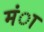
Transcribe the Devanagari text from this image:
मंा